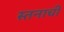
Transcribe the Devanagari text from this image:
स्तनाची